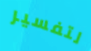
لتفسير